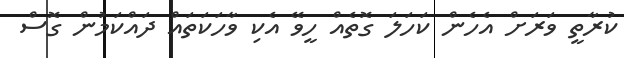
ކުރާތީ ވަރަށް އެހެން ކަހަލަ ގޮތެއް ހީވޭ އެކި ވާހަކަތައް ދައްކަމުން ގޮސް